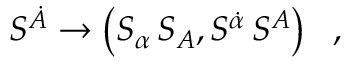
S ^ { \dot { \cal A } } \rightarrow \left( S _ { \alpha } \, S _ { A } , S ^ { \dot { \alpha } } \, S ^ { A } \right) ~ ~ ,